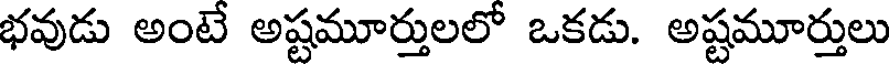
భవుడు అంటే అష్టమూర్తులలో ఒకడు. అష్టమూర్తులు